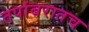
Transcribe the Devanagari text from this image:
तपांबरातच